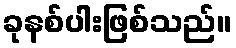
ခုနစ်ပါးဖြစ်သည်။